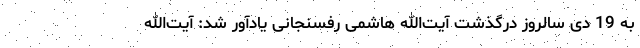
به 19 دی‌ سالروز درگذشت آیت‌الله هاشمی رفسنجانی یادآور شد: آیت‌الله